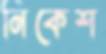
নিকেশ